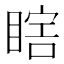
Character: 𰥷